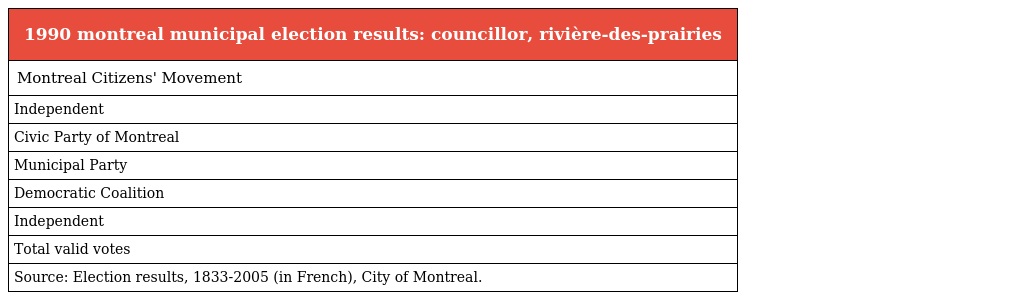
| 1990 montreal municipal election results: councillor, rivière-des-prairies |
 | --- |
 | Montreal Citizens' Movement |
 | Independent |
 | Civic Party of Montreal |
 | Municipal Party |
 | Democratic Coalition |
 | Independent |
 | Total valid votes |
 | Source: Election results, 1833-2005 (in French), City of Montreal. |